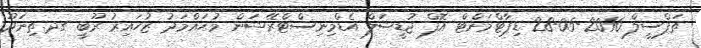
ތަފްސީލް 2016-05-28 ޑިޕާޓްމަންޓް އޮފް ޖުޑީޝަލް އެޑްމިނިސްޓްރޭޝަން މުޙައްމަދު ޒުހައިރު ރޫބީ ގދ.ތިނަދޫ